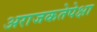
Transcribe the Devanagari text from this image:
अराजकतेपेक्षा